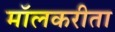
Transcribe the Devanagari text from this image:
मॉलकरीता